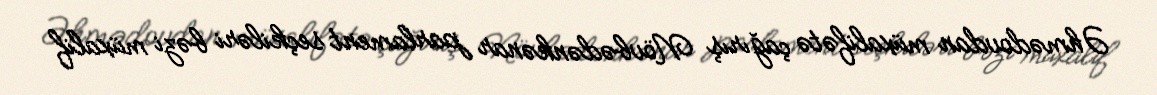
Əhmədovdan müxalifətə çağırış Növbədənkənar parlament seçkiləri bəzi müxalif